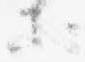
等